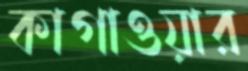
কাগাওয়ার